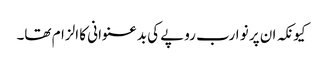
کیونکہ ان پر نو ارب روپے کی بدعنوانی کا الزام تھا۔